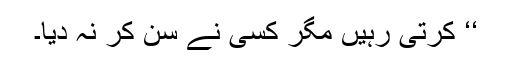
‘‘ کرتی رہیں مگر کسی نے سن کر نہ دیا۔